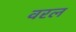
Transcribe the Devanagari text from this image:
वरल